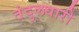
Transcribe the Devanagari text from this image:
तंदुलधारी